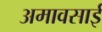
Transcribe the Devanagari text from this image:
अमावसाई